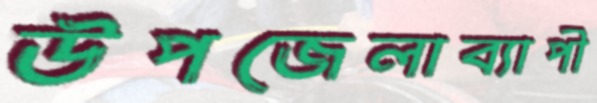
উপজেলাব্যাপী